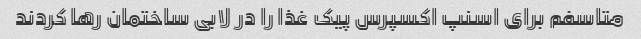
متاسفم برای اسنپ اکسپرس پیک غذا را در لابی ساختمان رها کردند